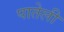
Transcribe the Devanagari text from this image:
पातेली